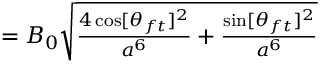
\begin{array} { r l r } { \mathrm { ~ } } & { { } } & { = B _ { 0 } \sqrt { \frac { 4 \cos [ \theta _ { f t } ] ^ { 2 } } { a ^ { 6 } } + \frac { \sin [ \theta _ { f t } ] ^ { 2 } } { a ^ { 6 } } } } \end{array}